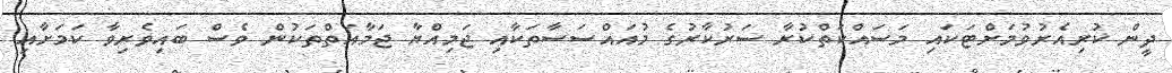
ދީން ކުރިއެރުވުމަށްޓަކައި މަސައްކަތްކުރާ ސަރުކާރުގެ މުއައްސަސާތަކާއި ޖަމިއްޔާ ޖަމާއަތްތަކުން ވެސް ބައިވެރިވާ ކަމަށާއި